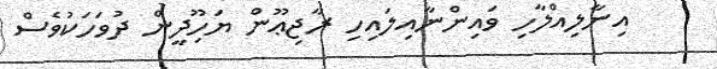
އިނާލިއްލާހި ވައިންނާއިލައިހި ރާޖިޢޫން ޔަހޫިދީން ދުވަހަކުވެސް